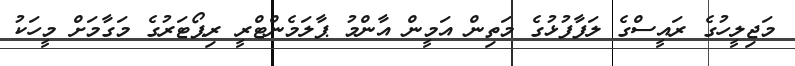
މަޖިލީހުގެ ރައީސްގެ ލަފާފުޅުގެ މަތިން އަމީން އާންމު ޕާލަމެންޓްރީ ރިޕޯޓަރުގެ މަގާމަށް މީހަކު